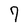
Character: 7